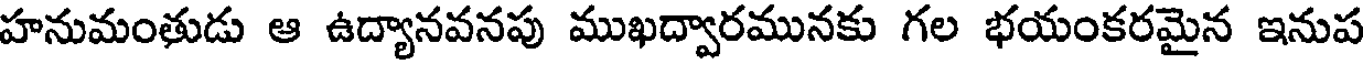
హనుమంతుడు ఆ ఉద్యానవనపు ముఖద్వారమునకు గల భయంకరమైన ఇనుప